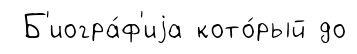
Б'иогра́ф'иjа кото́рый до